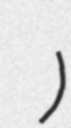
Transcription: میں کون)